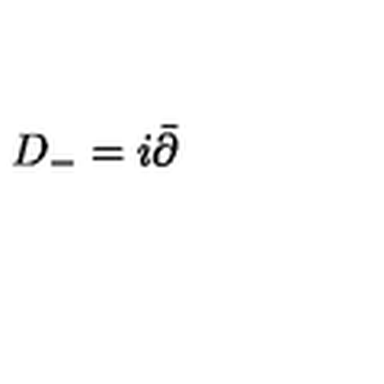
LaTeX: D _ { - } = i \bar { \partial }